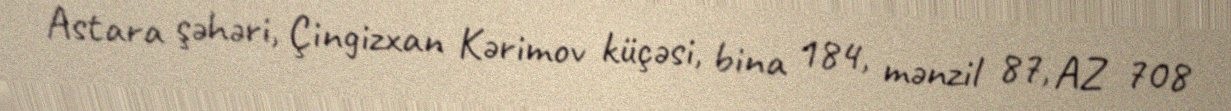
Astara şəhəri, Çingizxan Kərimov küçəsi, bina 184, mənzil 87, AZ 708